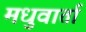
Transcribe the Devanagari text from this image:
मधुवार्ता